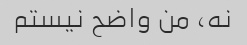
نه، من واضح نیستم